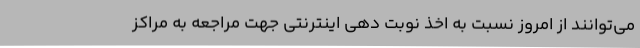
می‌توانند از امروز نسبت به اخذ نوبت دهی اینترنتی جهت مراجعه به مراکز